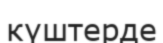
күштерде